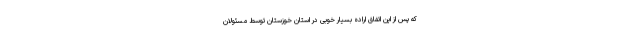
که پس از این اتفاق اراده بسیار خوبی در استان خوزستان توسط مسئولان